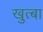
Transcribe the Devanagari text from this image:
खुत्बा